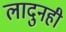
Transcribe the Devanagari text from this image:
लादुनही